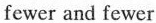
fewer and fewer